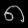
Digit: ၈